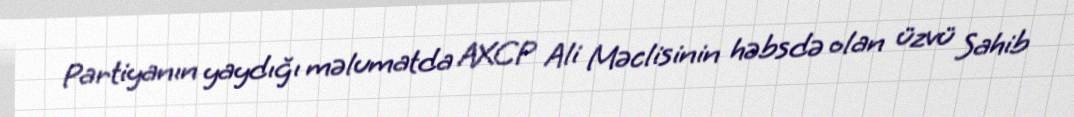
Partiyanın yaydığı məlumatda AXCP Ali Məclisinin həbsdə olan üzvü Sahib